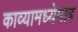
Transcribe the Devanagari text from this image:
काव्यामध्येमात्र